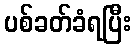
ပစ်ခတ်ခံရပြီး